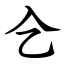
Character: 㐈